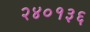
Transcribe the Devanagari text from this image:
२४०१३६